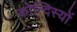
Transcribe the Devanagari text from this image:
कोन्दिस्यों